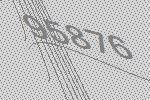
95876